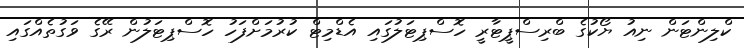
ކްލިންޓަން ނިއު ޔޯކުގެ ބްރިސްޕީޓާރީ ހޮސްޕިޓަލުގައި އެޑްމިޓް ކުރުމަށްފަހު ހޮސްޕިޓަލުން ރޭގެ ވަގުތެއްގައި